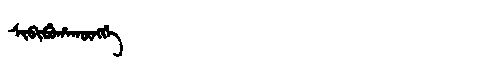
Manchu: ᠰᡳᠪᡳᠪᡠᡥᠠᡴᡡᠩᡤᡝ
Romanization: SIBIBUHAKŪNGGE